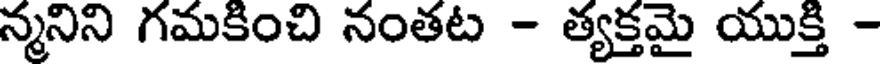
న్మనిని గమకించి నంతట - త్యక్తమై యుక్తి -